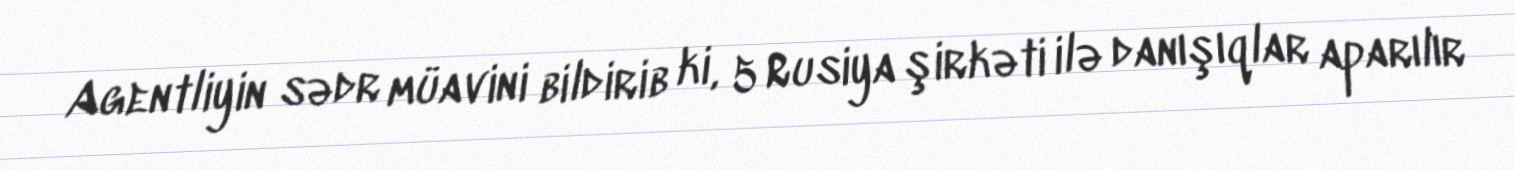
Agentliyin sədr müavini bildirib ki, 5 Rusiya şirkəti ilə danışıqlar aparılır